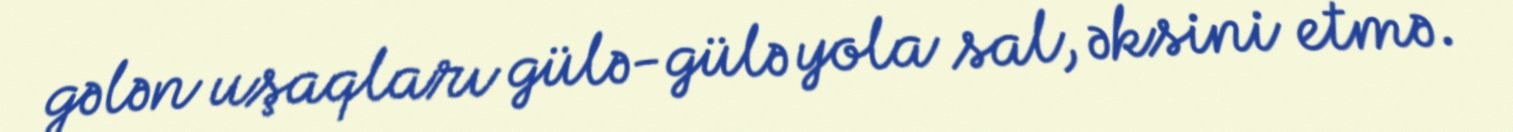
gələn uşaqları gülə-gülə yola sal, əksini etmə.